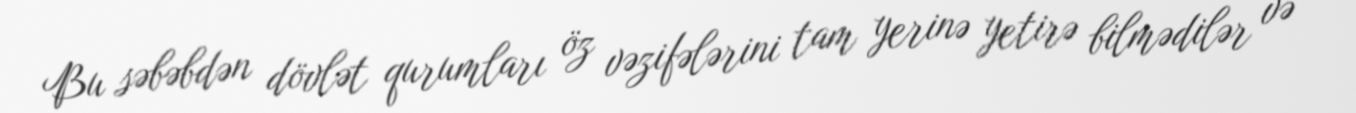
Bu səbəbdən dövlət qurumları öz vəzifələrini tam yerinə yetirə bilmədilər və